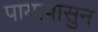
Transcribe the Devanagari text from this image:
पायापासुन